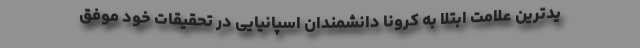
یدترین علامت ابتلا به کرونا دانشمندان اسپانیایی در تحقیقات خود موفق